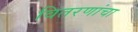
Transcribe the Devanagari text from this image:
वितरणांचा